Report on horse surra - Volume II, Part II
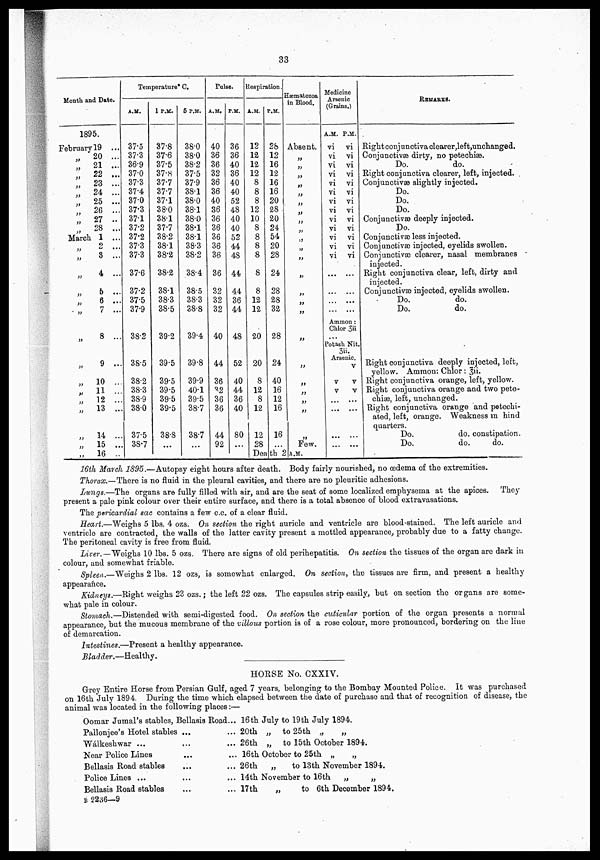
33
Month and Date.
1895.
February 19 ...
„
„
„
„
„
„
„
„
„
20 ...
21 ...
22 ...
23 ...
24 ...
25 ...
26 ...
27 ..
28 ...
March 1 ...
„
„
„
„
„
„
„
„
„
„
„
„
„
„
„
2
...
8 ...
4 ...
5 ...
6 ...
7 ...
8 ...
9 ...
10 ...
11 ...
12 ...
13 ...
14 ...
15 ...
16 ..
Temperature° C.
A.M.
37.5
37.3
36.9
37.0
37.3
37.4
37.0
37.3
37.1
37.2
37.2
37.3
37.3
37.6
37.2
37.5
37.9
38.2
38.5
38.2
38.3
38.9
38.0
37.5
38.7
P.M.
37.8
37.6
37.5
37.8
37.7
37.7
37.1
38.0
38.1
37.7
38.2
38.1
38.2
38.2
38.1
38.3
38.5
39.2
39.5
39.5
39.5
39.5
39.5
38.8
...
5 P.M.
38.0
38.0
38.2
37.5
37.9
38.1
38.0
38.1
38.0
38.1
38.1
38.3
38.2
38.4
38.5
38.3
38.8
39.4
39.8
39.9
40.1
39.5
38.7
38.7
,„
Pulse.
A.M.
40
36
36
32
36
36
40
36
36
36
36
36
36
36
32
32
32
40
44
36
32
36
36
44
92
P.M.
36
36
40
36
40
40
52
48
40
40
52
44
48
44
44
36
44
48
52
40
44
36
40
80
...
Respiration.
A..M.
12
12
12
12
8
8
8
12
10
8
8
8
8
8
8
12
12
20
20
8
12
8
12
12
P.M.
28
12
16
12
16
16
20
28
20
24
54
20
28
24
28
28
32
28
24
40
16
12
16
16
28 ...
Dea|th 2
Haenmatozoa
in Blood.
Absent.
„
„
„
„
„
„
„
„
„
„
„
„
„
„
„
„
„
„
„
„
„
„
„
Few.
A.M.
Medicine
Arsenic
(Grains.)
A.M.
vi
vi
vi
vi
vi
vi
vi
vi
vi
vi
vi
vi
vi
...
P.M.
vi
vi
vi
vi
vi
vi
vi
vi
vi
vi
vi
vi
vi
...
...
Ammon:
Chlor 3ii
...
Potash Nit.
3ii.
Arsenic.
...
v
v
...
...
...
v
v
v
...
...
...
...
REMARKS.
Rightconjunctiva clearer,left unchanged.
Conjunctivæ dirty, no petechias.
Do.
do.
Right conjunctiva clearer, left, injected.
Conjunctivæ slightly injected.
Do.
Do.
Do.
Conjunctivæ deeply injected.
Do.
Conjunctivæ less injected.
Conjunctivæ injected, eyelids swollen.
Conjunctivæ clearer, nasal membranes
injected.
Right conjunctiva clear, left, dirty and
injected.
Conjunctivæ injected, eyelids swollen.
Do.
do.
Do.
do.
Right conjunctiva deeply injected, left,
yellow. Ammon: Chlor: 3ii.
Right conjunctiva orange, left, yellow.
Right conjunctiva orange and two pete-
chiae, left, unchanged.
Right conjunctiva orange and petechi-
ated, left, orange. Weakness in hind
quarters.
Do.
do. constipation.
Do.
do.
do.
16th March 1895.—Autopsy eight hours after death. Body fairly nourished, no oedema of the extremities.
Thorax.—There is no fluid in the pleural cavities, and there are no pleuritic adhesions.
Lumgs.—The organs are fully filled with air, and are the seat of some localized emphysema at the apices. They
present a pale pink colour over their entire surface, and there is a total absence of blood extravasations.
The pericardial sac contains a few c.c. of a clear fluid.
Heart.—Weighs 5 lbs. 4 ozs. On section the right auricle and ventricle are blood-stained. The left auricle and
ventricle are contracted, the walls of the latter cavity present a mottled appearance, probably due to a fatty change.
The peritoneal cavity is free from fluid.
Liver.—Weighs 10 lbs. 5 ozs. There are signs of old perihepatitis. On section the tissues of the organ are dark in
colour, and somewhat friable.
Spleen.—Weighs 2 lbs. 12 ozs, is somewhat enlarged. On section, the tissues are firm, and present a healthy
appearance.
Kidneys.—Right weighs 23 ozs.; the left 22 ozs. The capsules strip easily, but on section the organs are some-
what pale in colour.
Stomach.—Distended with semi-digested food. On section the cuticular portion of the organ presents a normal
appearance, but the mucous membrane of the villous portion is of a rose colour, more pronounced, bordering on the line
of demarcation.
Intestines.—Present a healthy appearance.
Bladder.—Healthy.
HORSE No. CXXIV.
Grey Entire Horse from Persian Gulf, aged 7 years, belonging to the Bombay Mounted Police. It was purchased
on 16th July 1894. During the time which elapsed between the date of purchase and that of recognition of disease, the
animal was located in the following places:—
Oomar Jumal's stables, Bellasis Road...
Pallonjee's Hotel stables ...
Walkeshwar ...
,..
Near Police Lines
Bellasis Road stables
Police Lines ...
Bellasis Road stables
B 2236—9
. 16 th July to 19 th July 1894.
. 20th „ to 25th „
„
. 26th „ to 15th October 1894.
. 16th October to 25th „
„
, 26th „
to 13th November 1894.
. 14th November to 16th „
„
. 17th
„
to 6th December 1894.